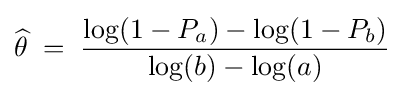
{\widehat {\theta }}\;=\;{\frac {\log(1-P_{a})-\log(1-P_{b})}{\log(b)-\log(a)}}